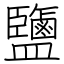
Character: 鹽